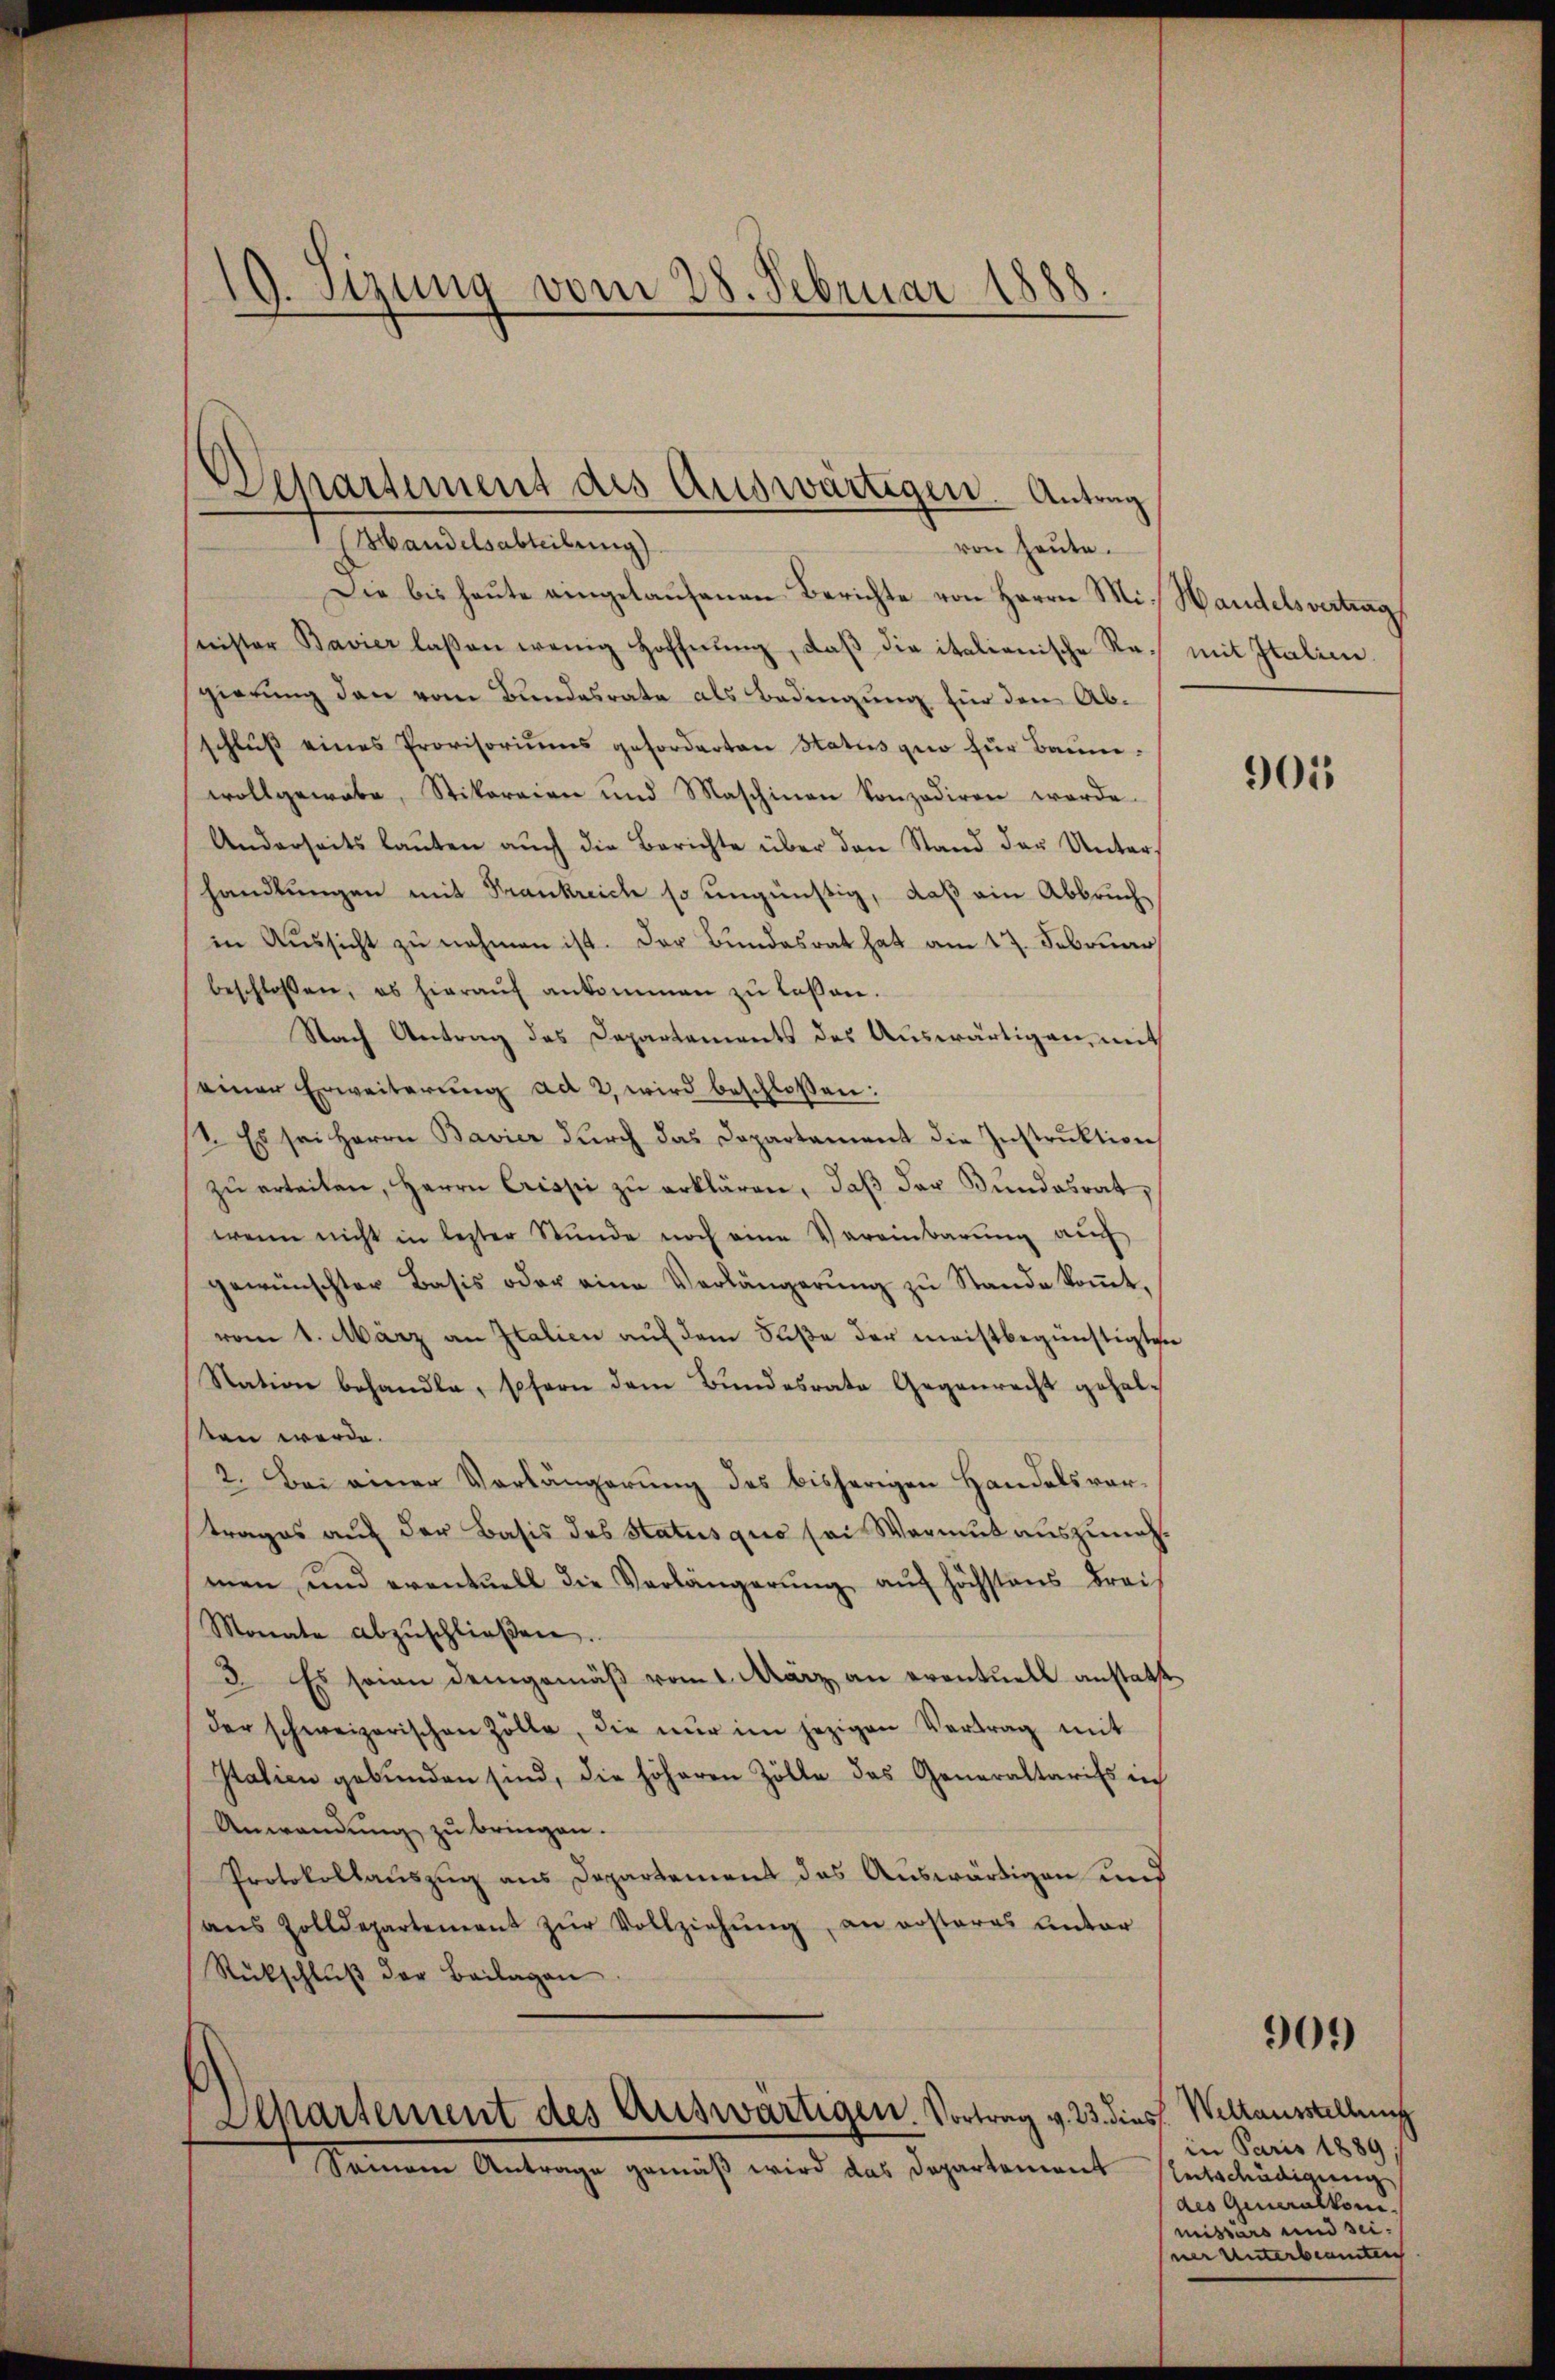
19. Sizung vom 28. Februar 1888

Departement des Auswärtigen. Antrag
 beanstaltung
von heute.

Die bis heŭte eingelaŭfenen Berichte von Herrn Mi. Handelsvertrag
seister Bavier laßen wenig Hoffnŭng, daβ die italienische Re¬ mit Italien.
gierung den vom Bundesrate als Bedingung für den Abschluß eines Provisoriŭms geforderten Status quo für Baumwollgewebe, Stikareien und Maschinen konzediren werde.
Anderseits lauten auch die Berichte über den Stand der Unters
handlungen mit Frankreich so ungünstig, daß ein Abbruchin Aussicht zu nehmen ist. Der Bundesrat hat am 17. Februar
beschlossen, es hieraŭf ankommen zŭ laßen.
Nach Antrag des Departements des Auswärtigen, mit
seiner Erweiterung ad 2, wird beschloßen:
2. Es sei Herrn Bavier durch das Departament die Instruktion
zŭ erteilen, Herrn Crisse zŭ erklären, daβ der Bŭndesrat,
wenn nicht in lezter Stŭnde noch eine Vereinbarŭng aŭf
gewünschter Basis oder eine Verlängerŭng zŭ Stande koṁt.
vom 1. März an Italien auf dem Süße der meistbegünstigten
Station behandle, sofern dem Bundesrate Gegenrecht gehalten werde.
2. Bei einer Verlängerung des bisherigen Handelsvortrages auf der Basis des Status quo sei Warmut auszunehmen und eventuell die Verlängerŭng aŭf höchstens drei
Monate abzŭschlieβen.
3. Es seien demgemäß vom 1. März an eventuell anstatt
der schweizerischen Zölle, die nŭr im jezigen Vertrag mit
Italien gebunden sind, die höheren Zölle das Generaltarifs in
Anwendung zu bringen.
Protokollauszug aus Departement das Auswärtigen und
aŭs Zolldepartement zŭr Vollziehung, an ersteres unter
Rückschluß der Beilagen

Departement des Auswärtigen. Vortrag v. 23. diess. Weltausstellung
Seinem Antrage gemäß wird das Departement

905

in Paris 1889.
leitschädigung
des Generalkom
missärs und sei.
ner Unterbeamten

909)